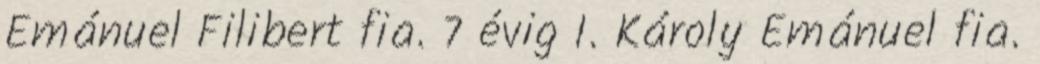
Emánuel Filibert fia. 7 évig I. Károly Emánuel fia.